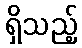
ရှိသည့်